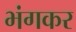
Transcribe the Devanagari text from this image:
भंगकर